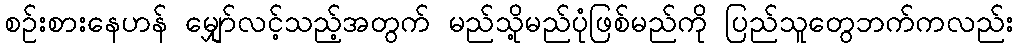
စဉ်းစားနေဟန် မျှော်လင့်သည့်အတွက် မည်သို့မည်ပုံဖြစ်မည်ကို ပြည်သူတွေဘက်ကလည်း